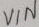
Text: VIN